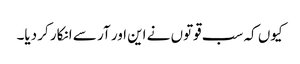
کیوں کہ سب قوتوں نے این اور آر سے انکار کر دیا۔